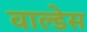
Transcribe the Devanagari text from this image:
वाल्डेस